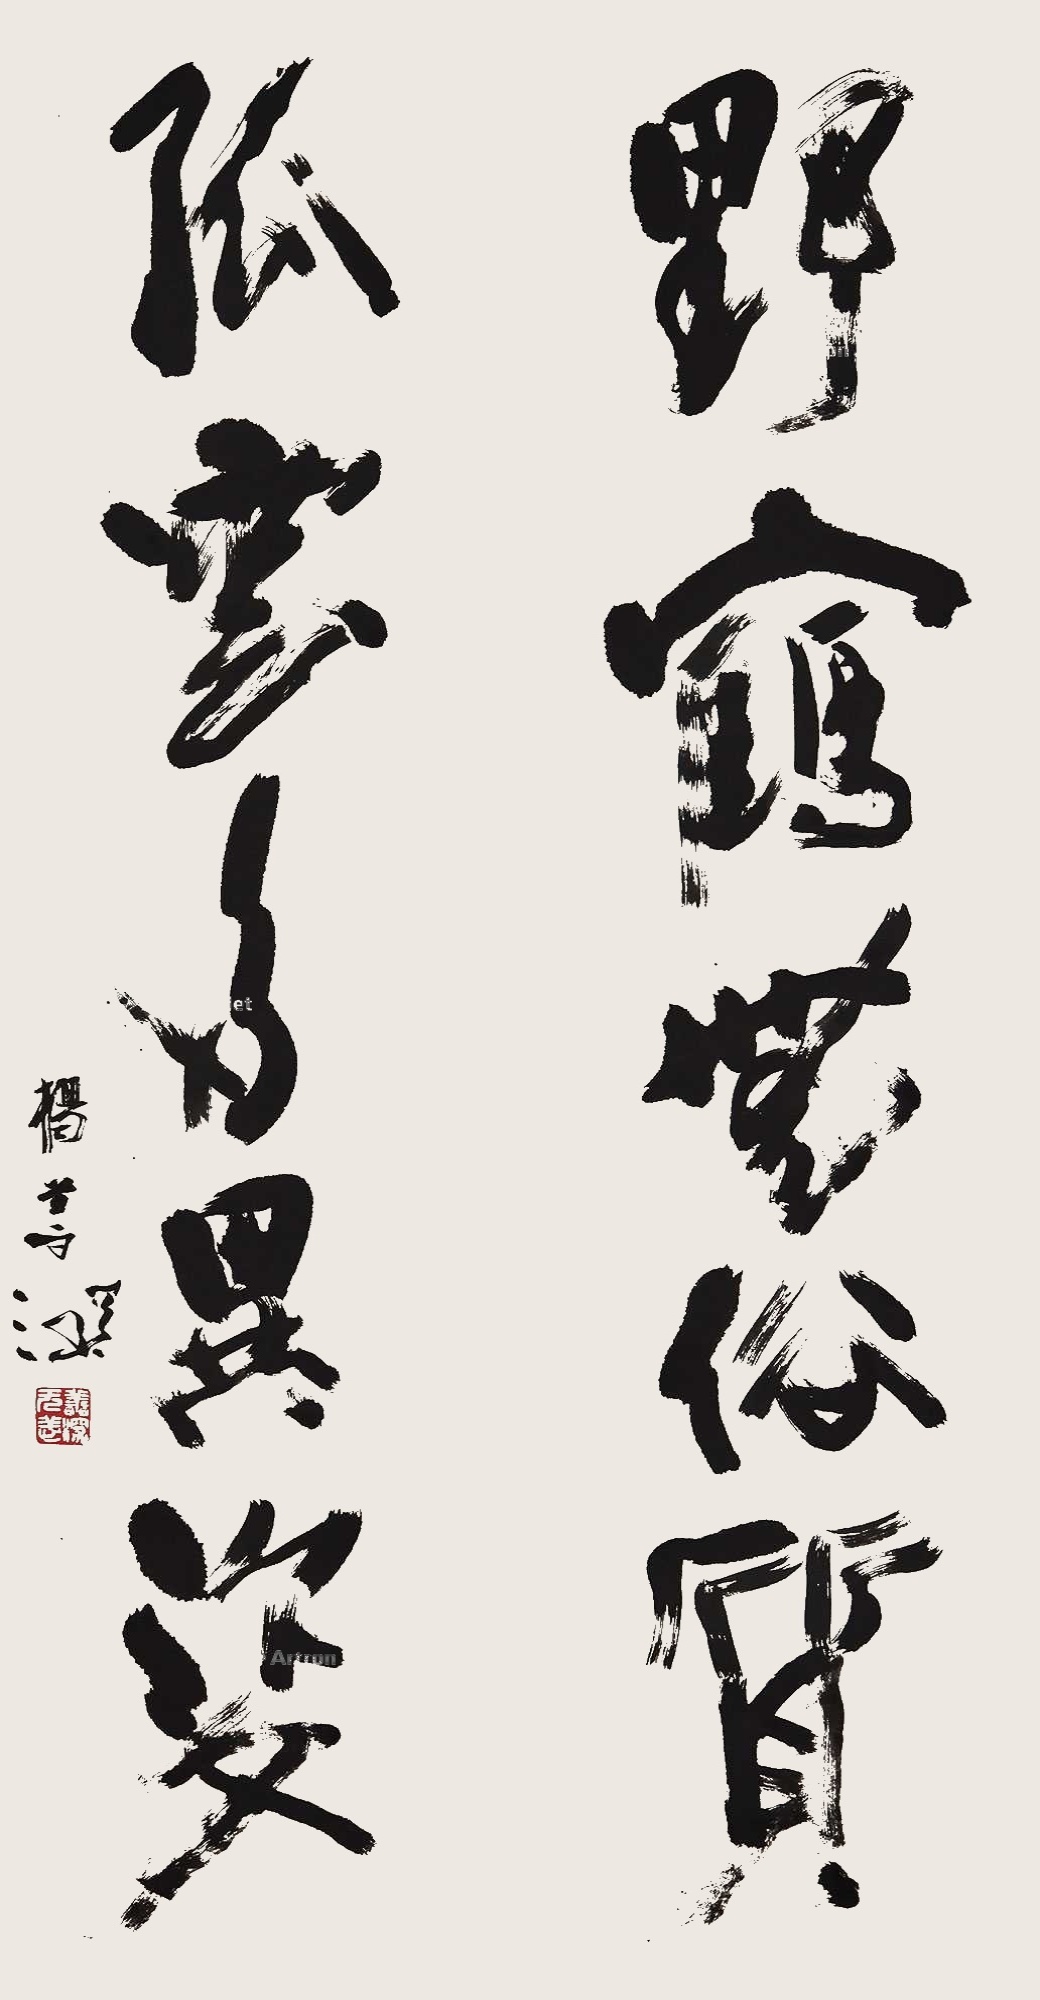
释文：野鹤无俗质，孤云多异姿。杨善深。